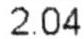
2.04